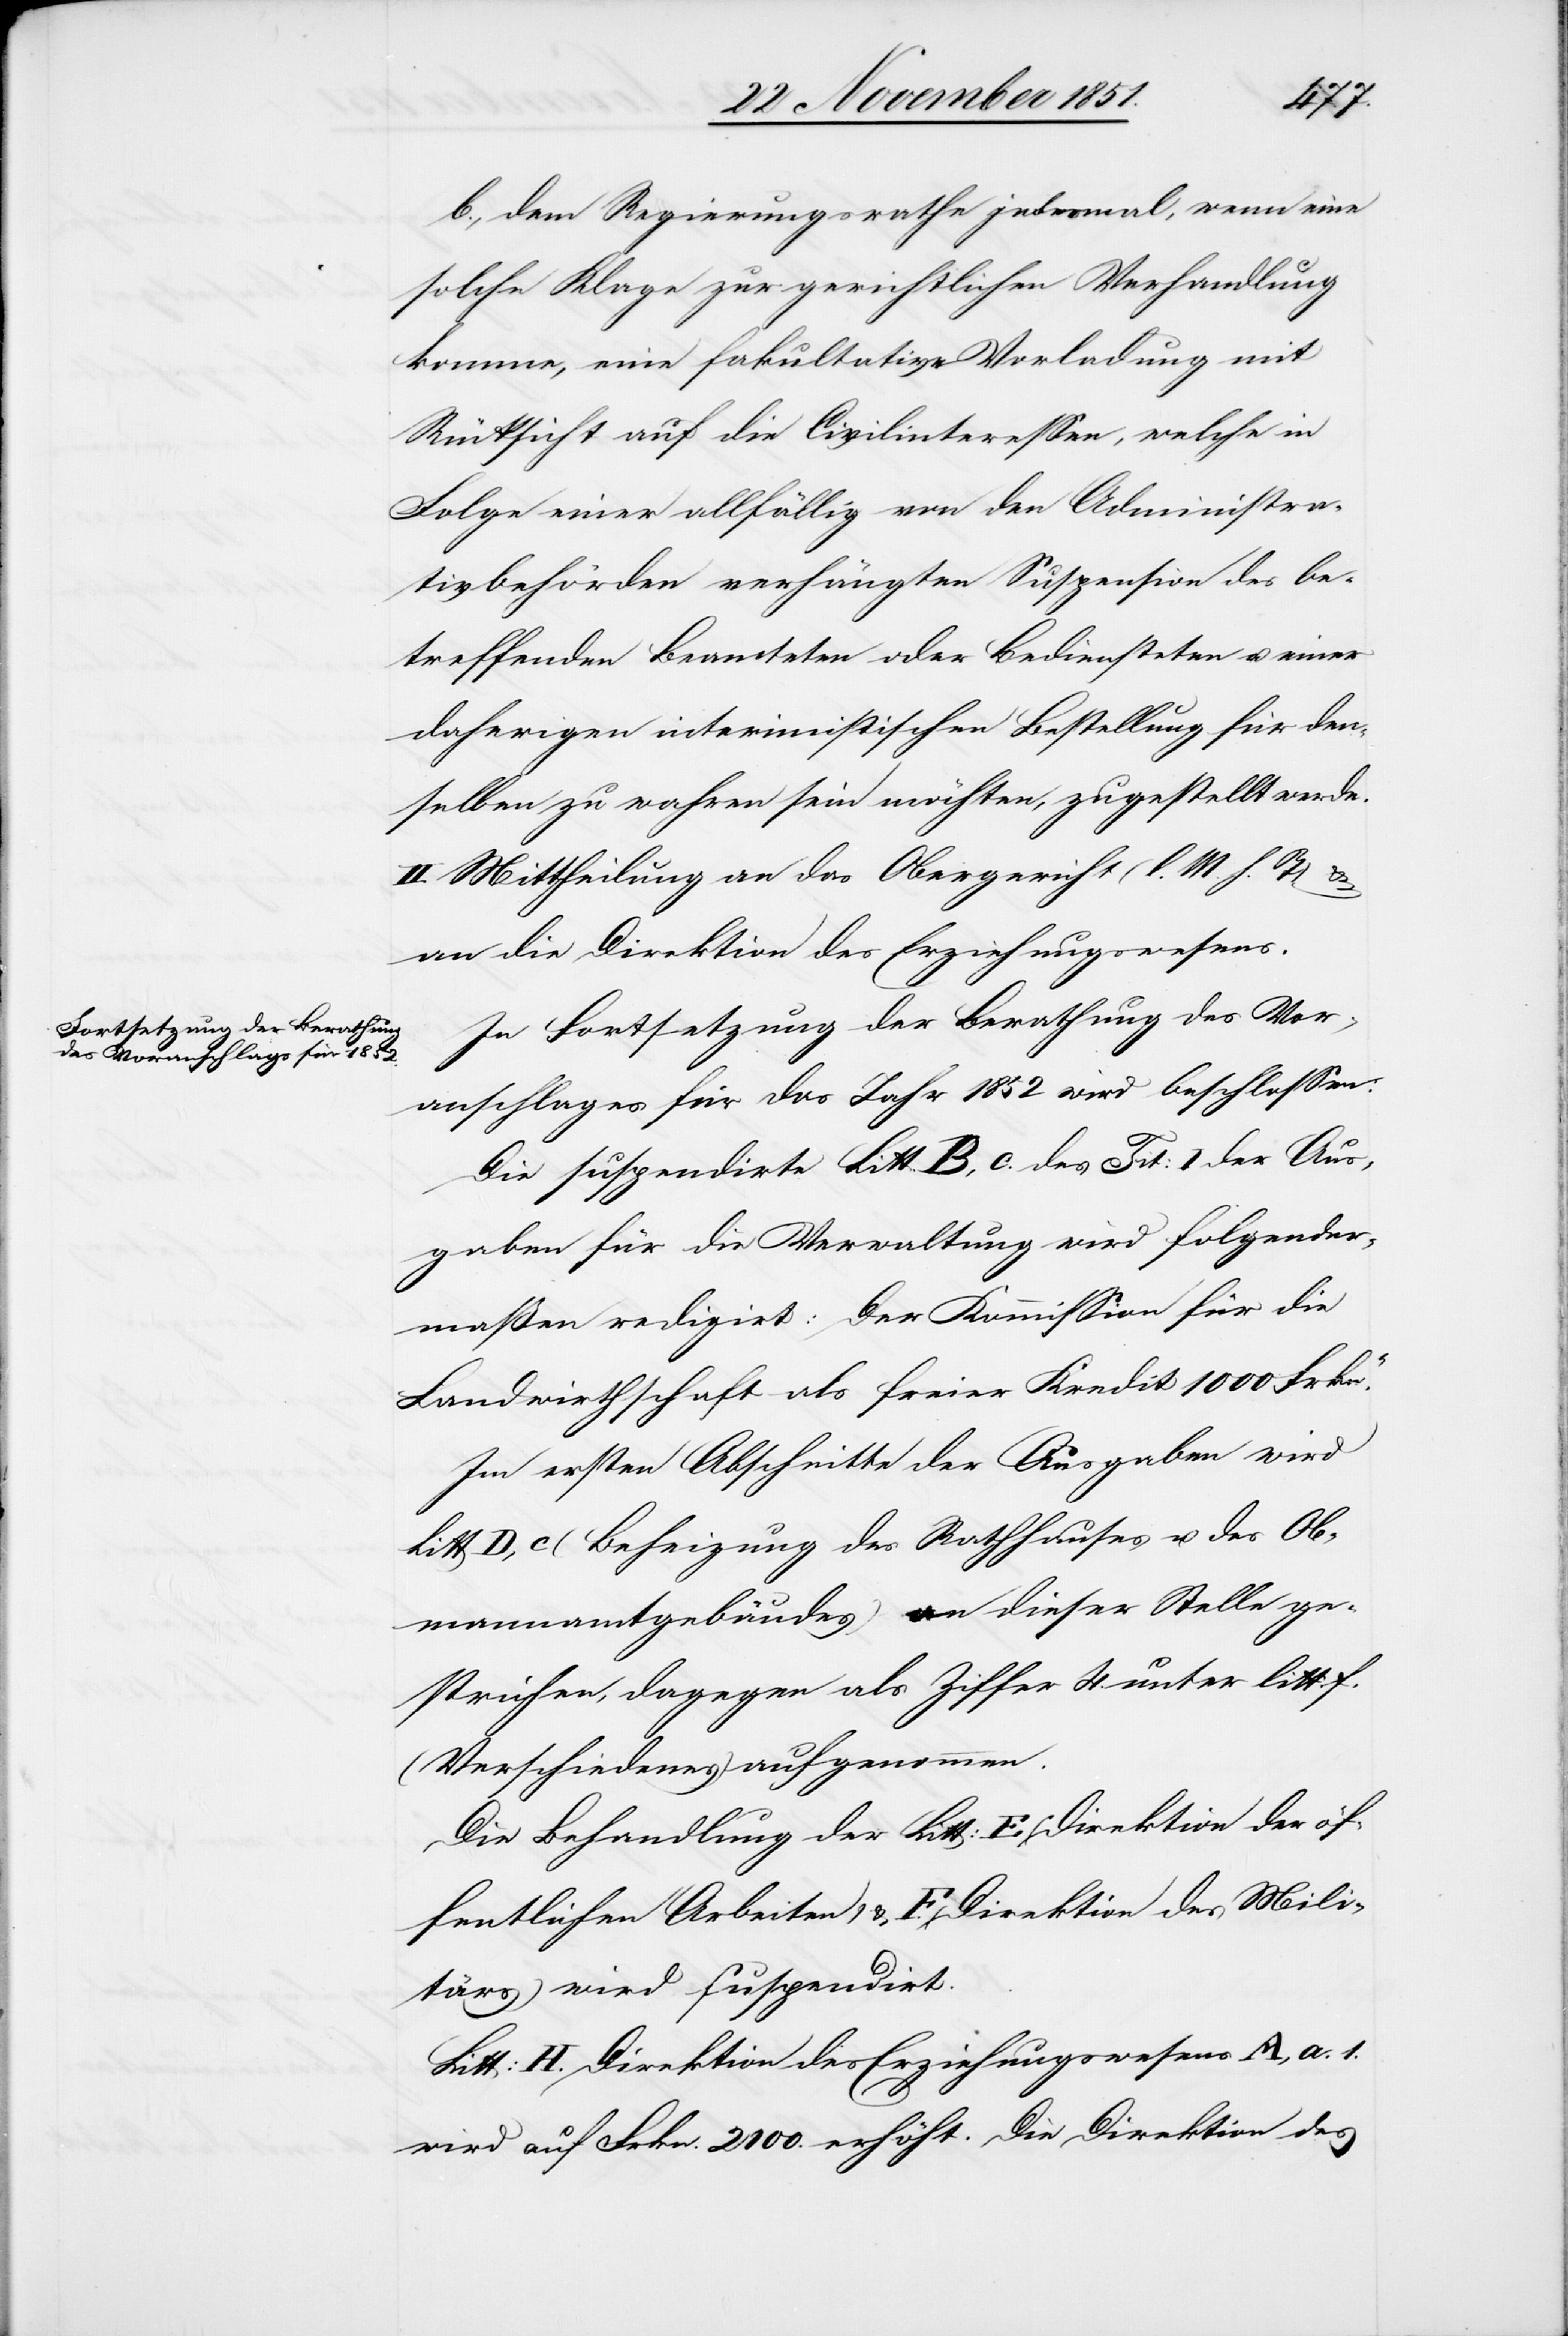
b., dem Regierungsrathe jedesmal, wenn eine
solche Klage zur gerichtlichen Verhandlung
komme, eine fakultative Vorladung mit
Rücksicht auf die Civilinteressen, welche in
Folge einer allfällig von den Administra¬
tivbehörden verhängten Suspension des be¬
treffenden Beamteten oder Bediensteten u. einer
daherigen interimistischen Bestellung für den¬
selben zu wahren sein möchten, zugestellt werde.
II. Mittheilung an das Obergericht (l. M. h. T) &
an die Direktion des Erziehungswesens.
In Fortsetzung der Berathung des Vor¬
anschlages für das Jahr 1852 wird beschlossen:
Die suspendirte Litt. B, c. des Tit: I der Aus¬
gaben für die Verwaltung wird folgender¬
maßen redigirt: [„]Der Kommission für die
Landwirthschaft als freier Kredit 1000 Frkn.“
Im ersten Abschnitte der Ausgaben wird
Litt D, c (Beheizung des Rathhauses u. des Ob¬
mannamtgebäudes) an dieser Stelle ge¬
strichen, dagegen als Ziffer 4. unter litt: f.
(Verschiedenes) aufgenommen.
Die Behandlung der Litt: E (Direktion der öf¬
fentlichen Arbeiten) & F. (Direktion des Mili¬
tärs) wird suspendirt.
Litt: H. Direktion des Erziehungswesens A, a. 1.
wird auf Frkn. 2100. erhöht. Die Direktion des